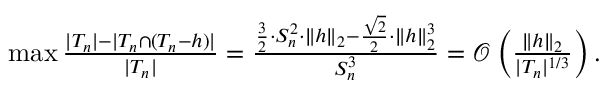
\begin{array} { r } { \operatorname* { m a x } \frac { | T _ { n } | - | T _ { n } \cap ( T _ { n } - h ) | } { | T _ { n } | } = \frac { \frac { 3 } { 2 } \cdot S _ { n } ^ { 2 } \cdot \| h \| _ { 2 } - \frac { \sqrt { 2 } } { 2 } \cdot \| h \| _ { 2 } ^ { 3 } } { S _ { n } ^ { 3 } } = \mathcal { O } \left( \frac { \| h \| _ { 2 } } { | T _ { n } | ^ { 1 / 3 } } \right) . } \end{array}